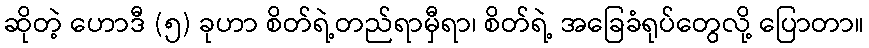
ဆိုတဲ့ ဟောဒီ (၅) ခုဟာ စိတ်ရဲ့တည်ရာမှီရာ၊ စိတ်ရဲ့ အခြေခံရုပ်တွေလို့ ပြောတာ။